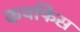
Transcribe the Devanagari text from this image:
कथफिस